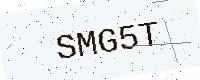
Text: SMG5T